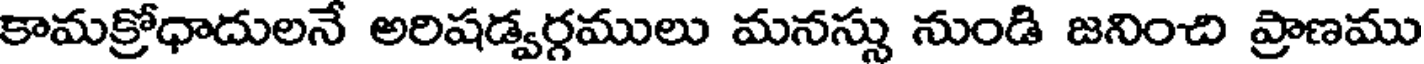
కామక్రోధాదులనే అరిషడ్వర్గములు మనస్సు నుండి జనించి ప్రాణము